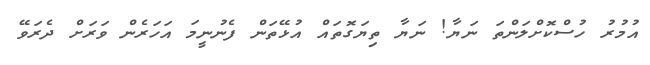
އުމުރު ހުސްކޮށްލަންތަ ނަޔާ! ނަޔާ ތިޔަގޮތައް އުޅޭތަން ފެނުނީމަ އަހަރެން ވަރަށް ދެރަވޭ